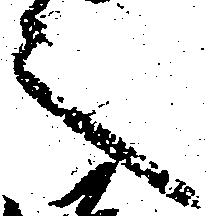
之